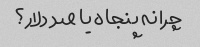
چرا نه پنجاه یا صد دلار؟